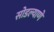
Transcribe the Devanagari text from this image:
सोडल्याणे